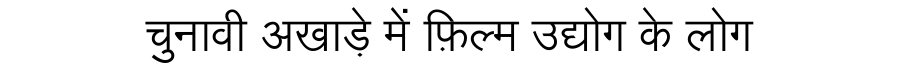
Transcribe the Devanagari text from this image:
चुनावी अखाड़े में फ़िल्म उद्योग के लोग